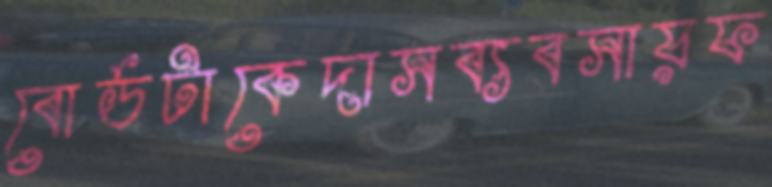
বোর্ডটাকেদাসব্যবসায়ফ